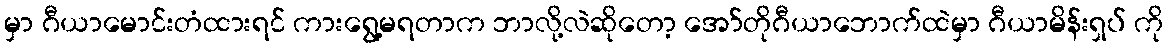
မှာ ဂီယာမောင်းတံထားရင် ကားရွေ့မရတာက ဘာလို့လဲဆိုတော့ အော်တိုဂီယာဘောက်ထဲမှာ ဂီယာမိန်းရှပ် ကို